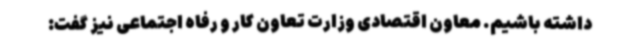
داشته باشیم. معاون اقتصادی وزارت تعاون کار و رفاه اجتماعی نیز گفت: